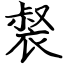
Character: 裻